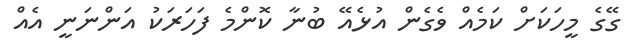
ގޭގެ މީހަކަށް ކަމެއް ވެގެން އުޅެއޭ ބުނާ ކޮންމެ ފަހަރަކު އަންނަނީ އެއް